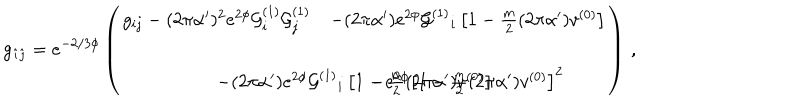
LaTeX: g _ { \hat { \imath } \hat { \jmath } } = e ^ { - 2 / 3 \phi } \left( \begin{array} { c c } { { g _ { i j } - ( 2 \pi \alpha ^ { \prime } ) ^ { 2 } e ^ { 2 \phi } { \cal G } _ { i } ^ { ( 1 ) } { \cal G } _ { j } ^ { ( 1 ) } } } & { { - ( 2 \pi \alpha ^ { \prime } ) e ^ { 2 \phi } { \cal G } ^ { ( 1 ) } { } _ { i } \left[ 1 - \frac { m } { 2 } ( 2 \pi \alpha ^ { \prime } ) v ^ { ( 0 ) } \right] } } \\ { { } } & { { } } \\ { { - ( 2 \pi \alpha ^ { \prime } ) e ^ { 2 \phi } { \cal G } ^ { ( 1 ) } { } _ { i } \left[ 1 - \frac { m } { 2 } ( 2 \pi \alpha ^ { \prime } ) v ^ { ( 0 ) } \right] \hspace { - . 5 c m } } } & { { - e ^ { 2 \phi } \left[ 1 - \frac { m } { 2 } ( 2 \pi \alpha ^ { \prime } ) v ^ { ( 0 ) } \right] ^ { 2 } } } \\ \end{array} \right) \, ,